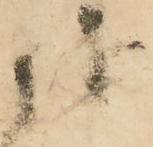
越